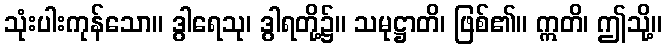
သုံးပါးကုန်သော။ ဒွါရေသု၊ ဒွါရတို့၌။ သမုဋ္ဌာတိ၊ ဖြစ်၏။ ဣတိ၊ ဤသို့။